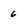
Character: 6